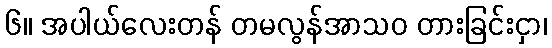
၆။ အပါယ်လေးတန် တမလွန်အာသဝ တားခြင်းငှာ၊